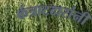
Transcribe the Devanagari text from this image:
कंत्राटदारांनी